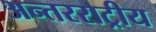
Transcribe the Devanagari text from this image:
अन्तरराट्रीय